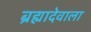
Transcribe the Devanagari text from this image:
ब्रह्मादेवाला